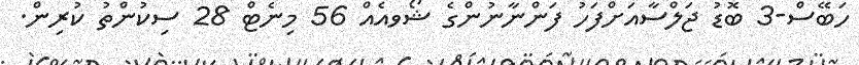
ހަބޭސް-3 ބޮޑު ޖަލްސާއަށްފަހު ފަންނާނުންގެ ޝޯވއެއް 56 މިނެޓް 28 ސިކުންތު ކުރިން.